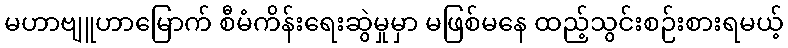
မဟာဗျူဟာမြောက် စီမံကိန်းရေးဆွဲမှုမှာ မဖြစ်မနေ ထည့်သွင်းစဉ်းစားရမယ့်